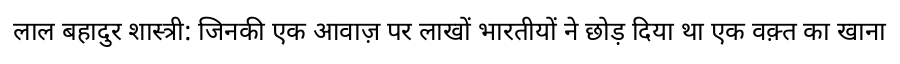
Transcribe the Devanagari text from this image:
लाल बहादुर शास्त्री: जिनकी एक आवाज़ पर लाखों भारतीयों ने छोड़ दिया था एक वक़्त का खाना